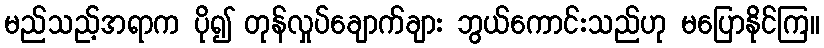
မည်သည့်အရာက ပို၍ တုန်လှုပ်ချောက်ချား ဘွယ်ကောင်းသည်ဟု မပြောနိုင်ကြ။